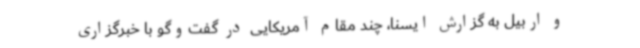
و اربیل به گزارش ایسنا، چند مقام آمریکایی در گفت‌وگو با خبرگزاری